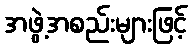
အဖွဲ့အစည်းများဖြင့်